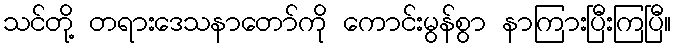
သင်တို့ တရားဒေသနာတော်ကို ကောင်းမွန်စွာ နာကြားပြီးကြပြီ။